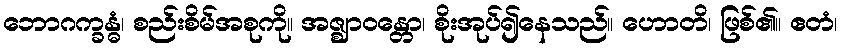
ဘောဂက္ခန္ဓံ၊ စည်းစိမ်အစုကို။ အဇ္ဈာဝန္တော၊ စိုးအုပ်၍နေသည်။ ဟောတိ၊ ဖြစ်၏။ ဧတံ၊